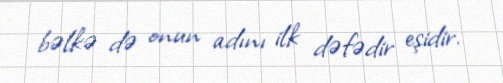
bəlkə də onun adını ilk dəfədir eşidir.